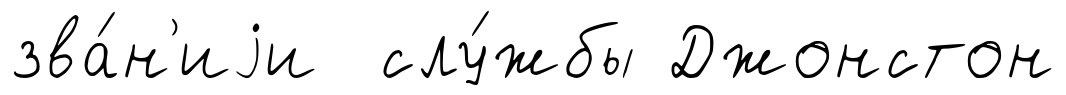
зва́н'иjи слу́жбы Джонстон